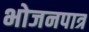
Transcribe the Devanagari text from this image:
भोजनपात्र